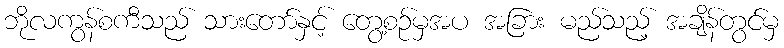
ဘိုလကွန်စကီသည် သားတော်နှင့် တွေ့စဉ်မှအပ အခြား မည်သည့် အချိန်တွင်မှ